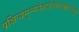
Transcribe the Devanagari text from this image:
प्रक्षिप्यमृन्मयेभांडेनवेसाच्छादनेशुभे